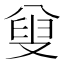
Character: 𠭦